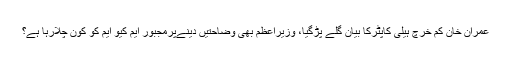
عمران خان کم خرچ ہیلی کاپٹرکا بیان گلے پڑگیا، وزیراعظم بھی وضاحتیں دینےپرمجبور ایم کیو ایم کو کون چلارہا ہے؟